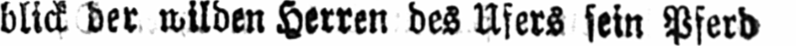
blick der wilden Herren des Ufers sein Pferd